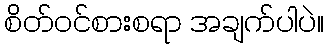
စိတ်ဝင်စားစရာ အချက်ပါပဲ။